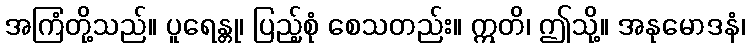
အကြံတို့သည်။ ပူရေန္တု၊ ပြည့်စုံ စေသတည်း။ ဣတိ၊ ဤသို့။ အနုမောဒနံ၊